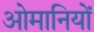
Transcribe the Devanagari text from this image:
ओमानियों